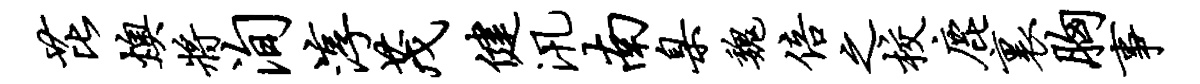
芘燠将洵淳茂健汛南臬魏倍之校鹿里胸事